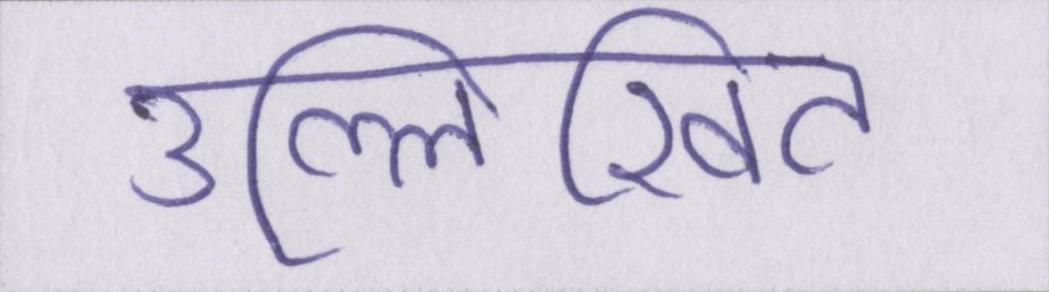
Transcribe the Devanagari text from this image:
उल्लिखित